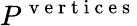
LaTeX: P^{\mathrm{~v~e~r~t~i~c~e~s~}}